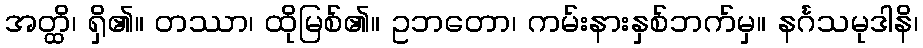
အတ္ထိ၊ ရှိ၏။ တဿာ၊ ထိုမြစ်၏။ ဥဘတော၊ ကမ်းနားနှစ်ဘက်မှ။ နင်္ဂသမုဒါနိ၊